NAE_ERA_R-1765_ENSV_Kirjanike_Liit_1945-1955, lk 16
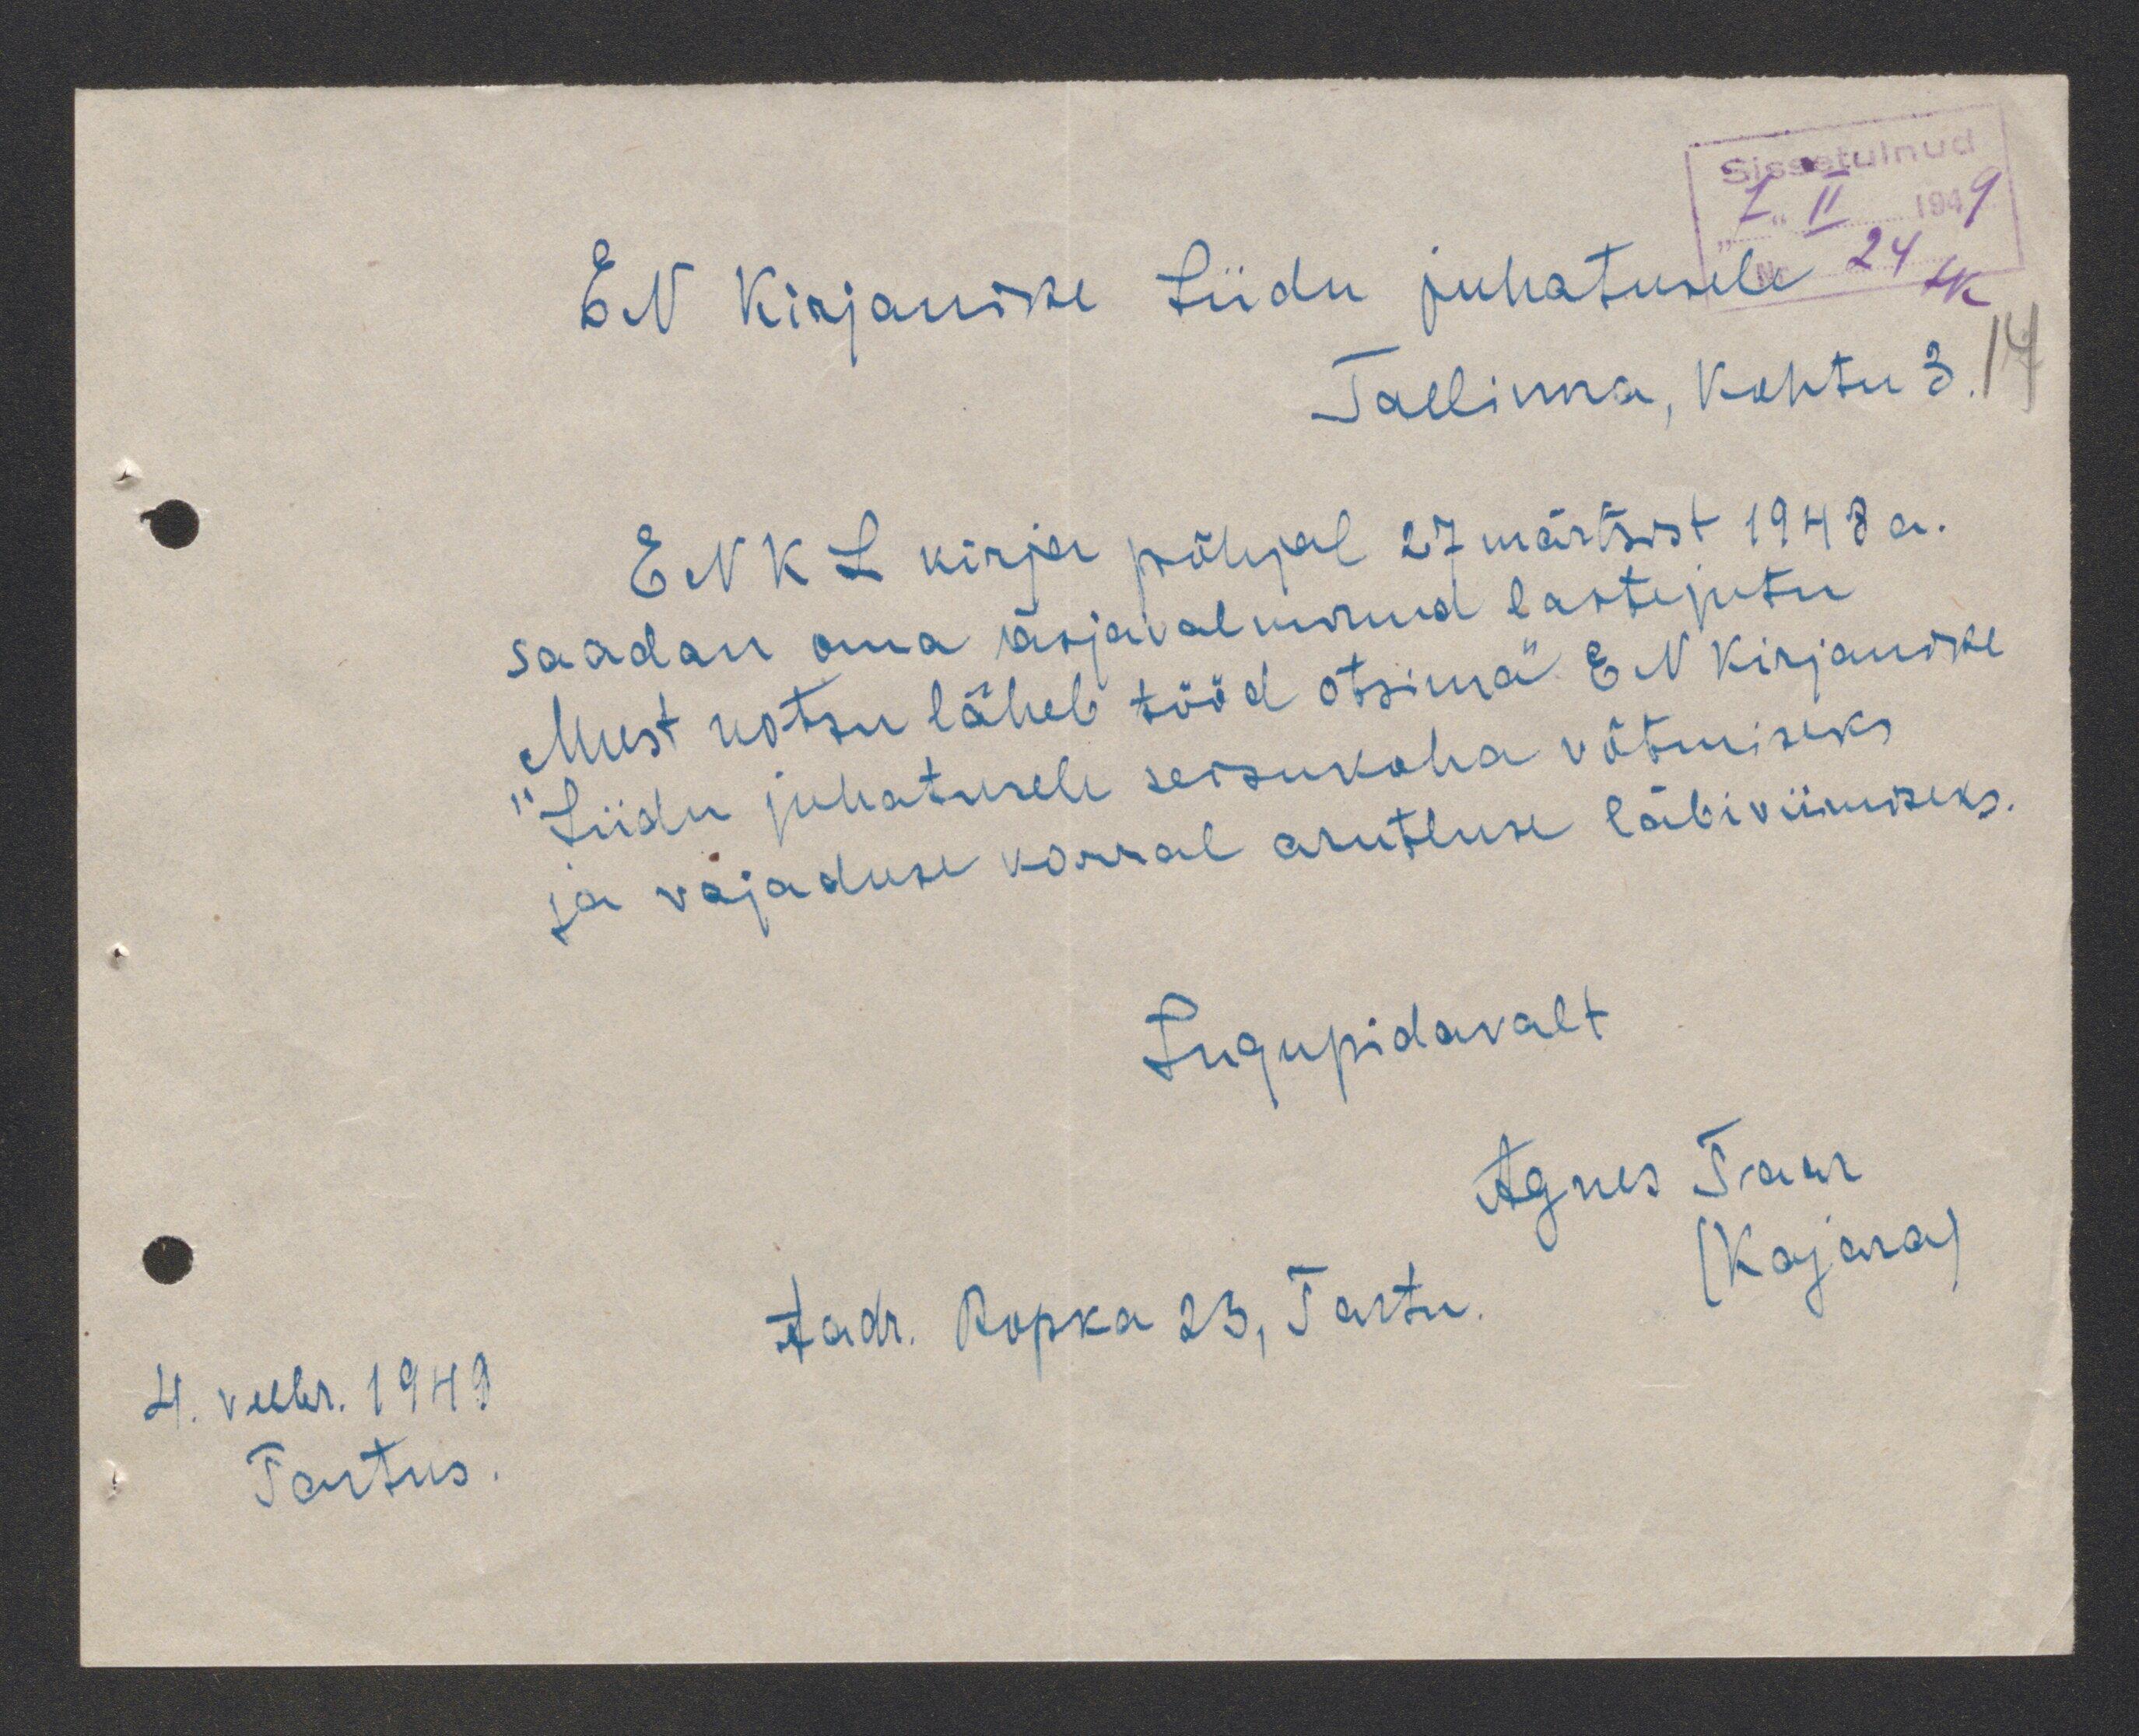
4. Veebr. 1949
Tartus

EN Kirjanike Liidu juhatusele
Tallinna, Kohtu 3
ENKL kirja põhjal 27 märtsist 1948 a.
saadan oma asjavalminud lastejutu
Must notsu läheb tööd otsima" EN Kirjanike
Liidu juhatusele seisukoha võtmiseks
ja vajaduse korral arutluse läbiviimiseks
Lugupidavalt
Aadr. Ropka 23, Tartu